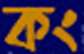
কং